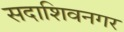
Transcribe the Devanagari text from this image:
सदाशिवनगर